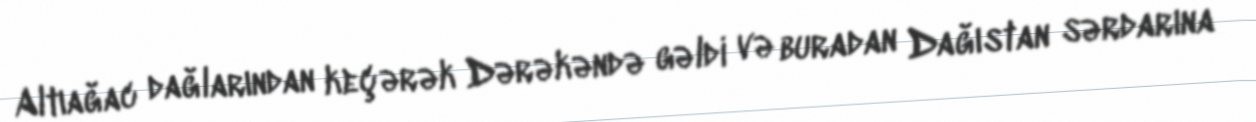
Altıağac dağlarından keçərək Dərəkəndə gəldi və buradan Dağıstan sərdarına